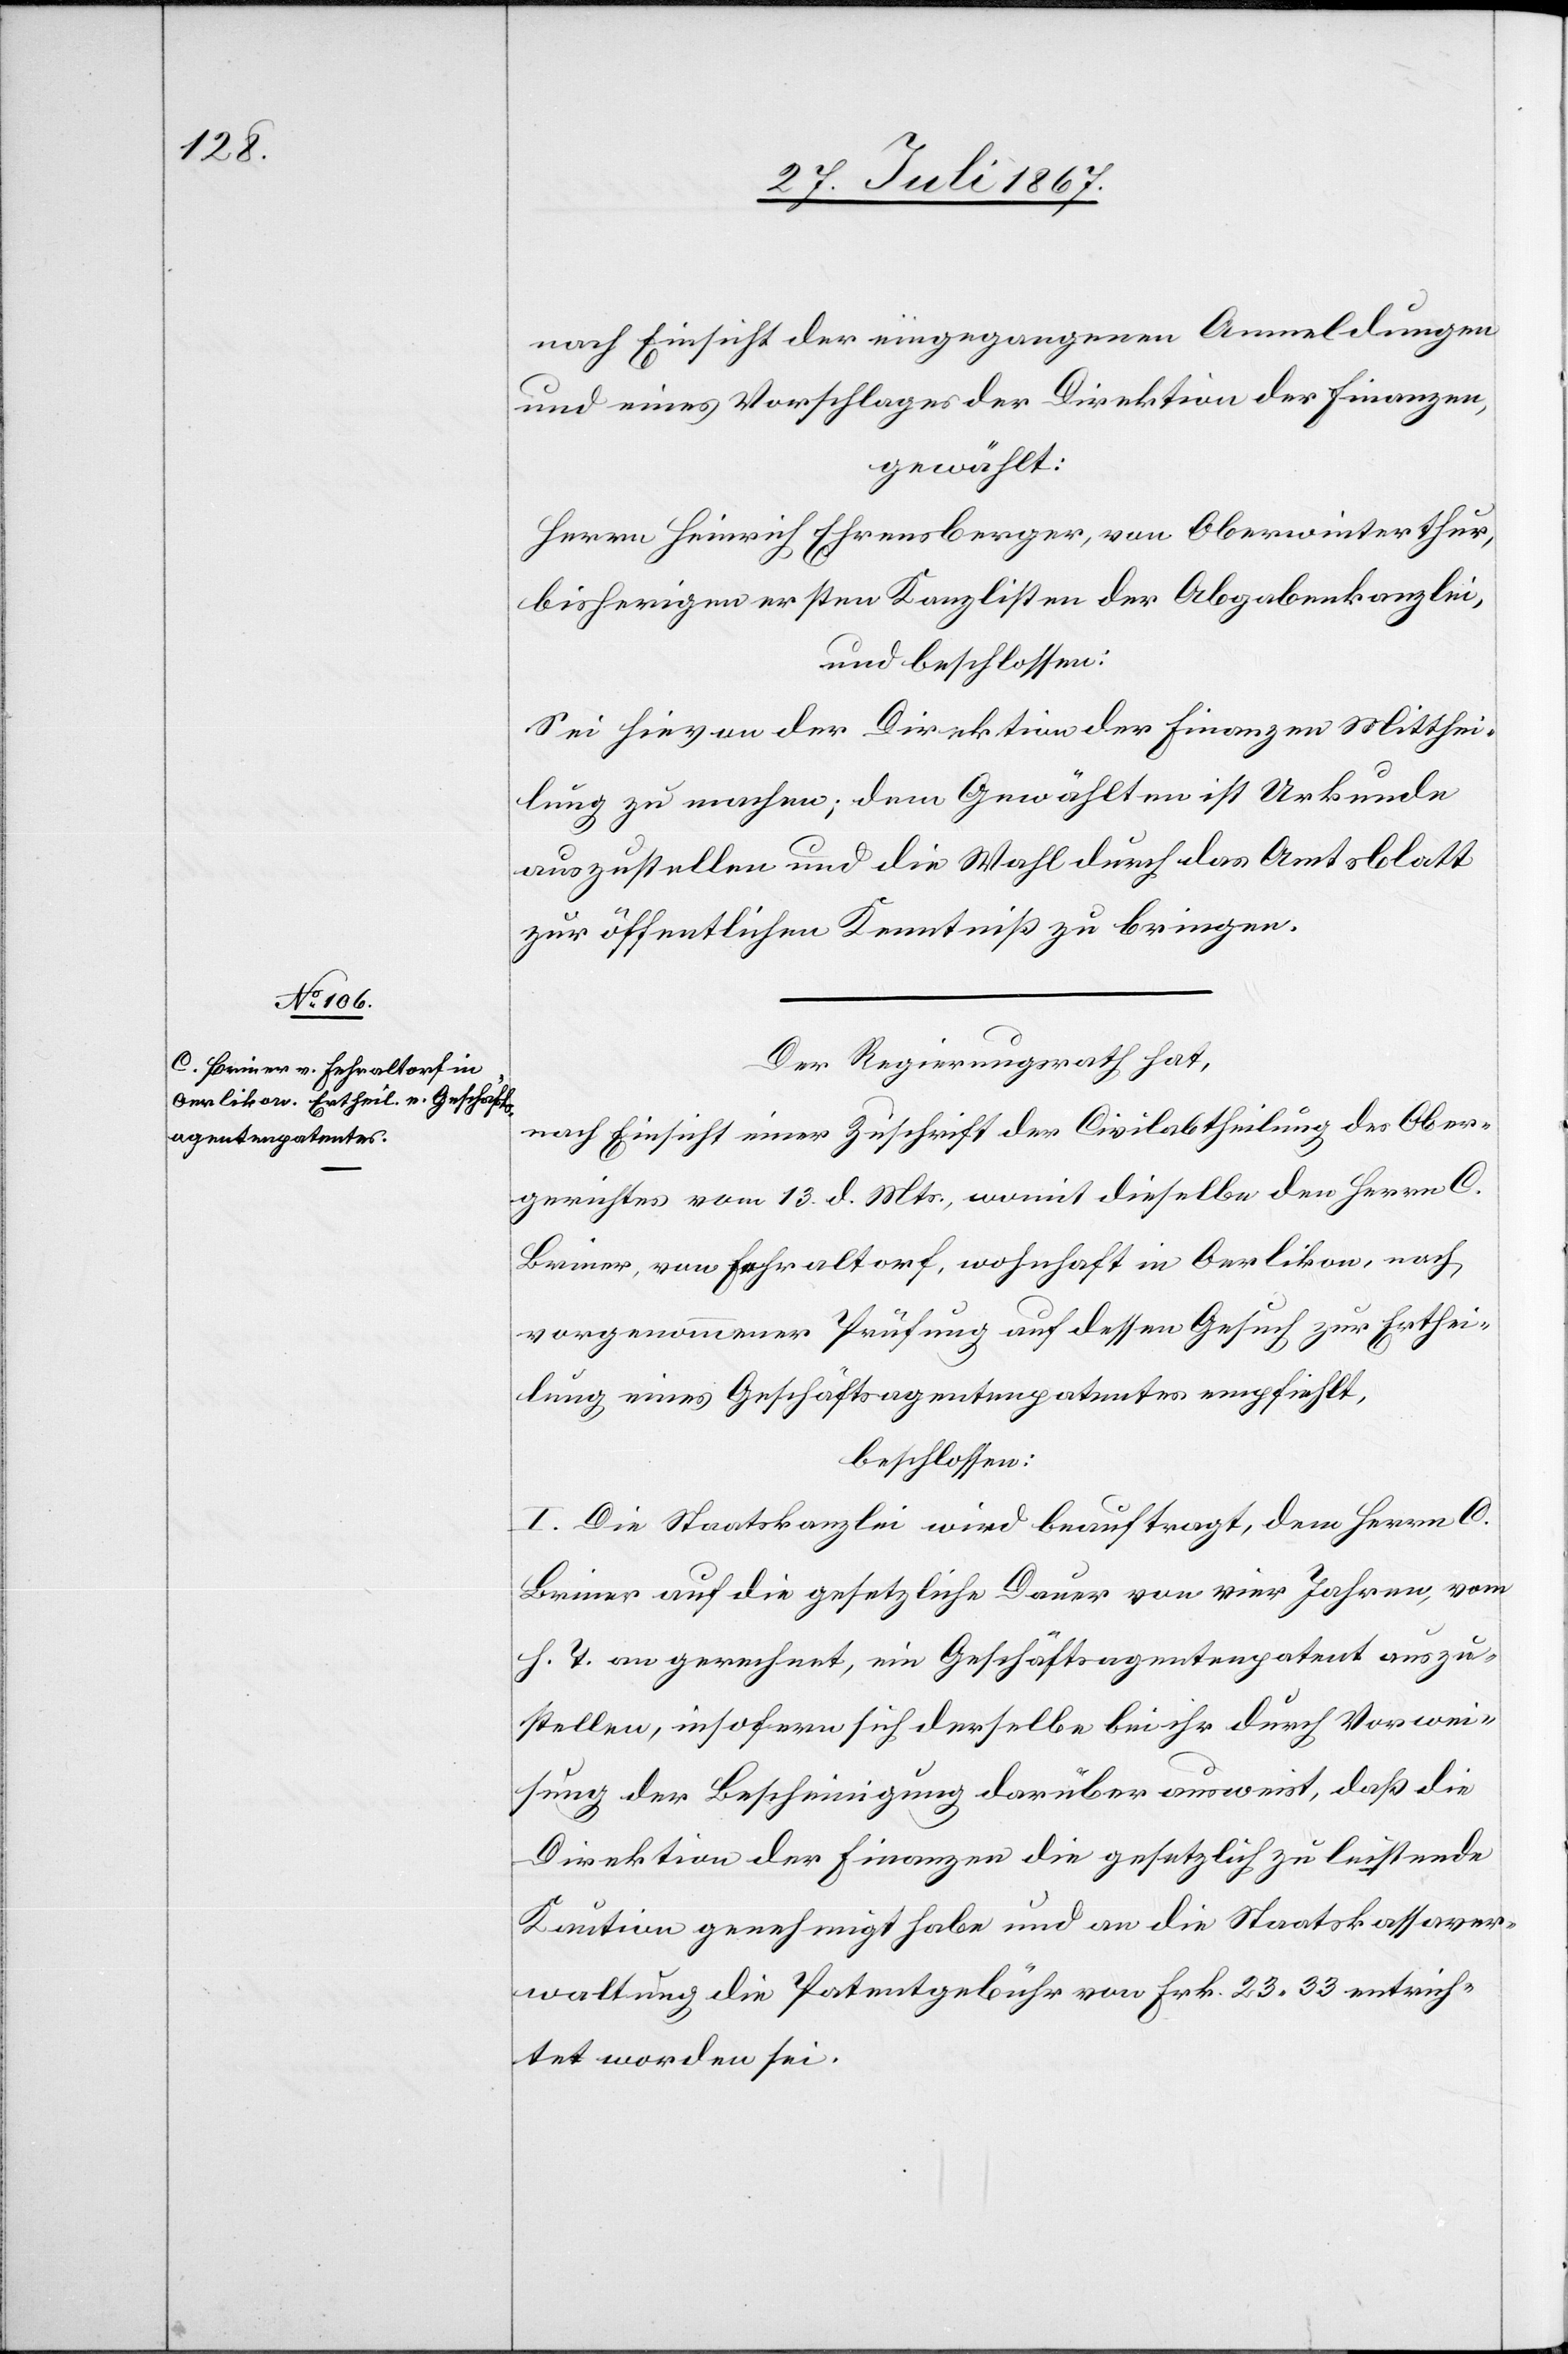
nach Einsicht der eingegangenen Anmeldungen
und eines Vorschlages der Direktion der Finanzen,
gewählt:
Herrn Heinrich Ehrensberger, von Oberwinterthur,
bisherigen ersten Kanzlisten der Abgabenkanzlei,
und beschlossen:
Sei hievon der Direktion der Finanzen Mitthei¬
lung zu machen; dem Gewählten ist Urkunde
auszustellen und die Wahl durch das Amtsblatt
zur öffentlichen Kenntniß zu bringen.
Der Regierungsrath hat,
nach Einsicht einer Zuschrift der Civilabtheilung des Ober¬
gerichtes vom 13. d. Mts., womit dieselbe den Herrn C.
Briner, von Fehraltorf, wohnhaft in Oerlikon, nach
vorgenommener Prüfung auf dessen Gesuch zur Erhtei¬
lung eines Geschäftsagentenpatentes empfiehlt,
beschlossen:
I. Die Staatskanzlei wird beauftragt, dem Herrn C.
Briner auf die gesetzliche Dauer von vier Jahren, vom
h. T. an gerechnet, ein Geschäftsagentenpatent auszu¬
stellen, insofern sich derselbe bei ihr durch Vorwei¬
sung der Bescheinigung darüber ausweist, daß die
Direktion der Finanzen die gesetzlich zu leistende
Kaution genehmigt habe und an die Staatskassaver¬
waltung die Patentgebühr von Frk. 23.33 entrich¬
tet worden sei.